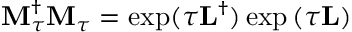
\mathbf { M } _ { \tau } ^ { \dagger } \mathbf { M } _ { \tau } = \exp ( \tau \mathbf { L } ^ { \dagger } ) \exp \left( \tau \mathbf { L } \right)